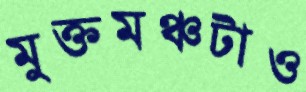
মুক্তমঞ্চটাও